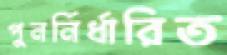
পুনর্নির্ধারিত